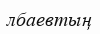
лбаевтың